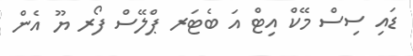
ޑައި ސިސް މޭކް އިޓް އަ ބެޓަރ ޕްލޭސް ފޯރ ޔޫ އެން